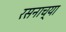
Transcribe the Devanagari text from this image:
रसनाच्या